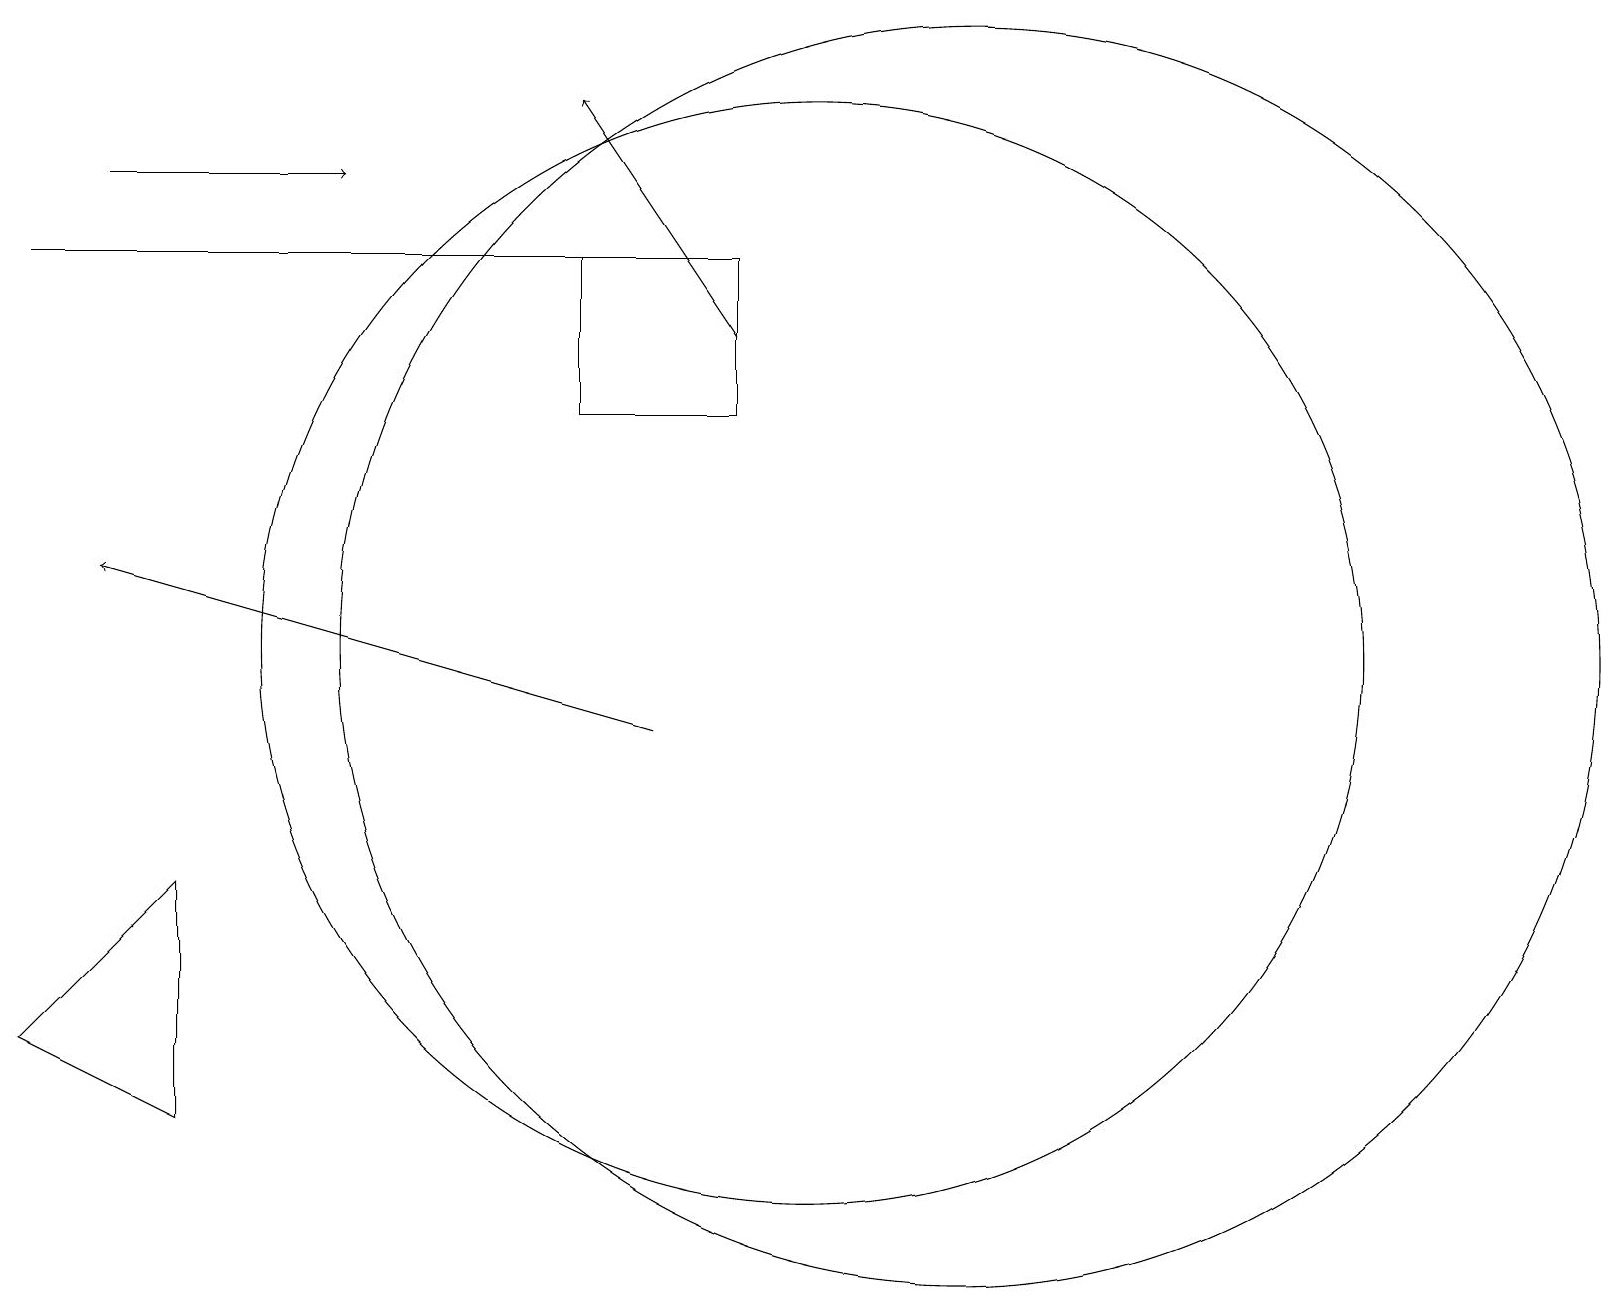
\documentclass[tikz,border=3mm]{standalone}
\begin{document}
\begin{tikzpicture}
\draw (12,11) circle (8);
\draw (9,16) rectangle (7,14);
\draw[->] (8,10) -- (1,12);
\draw (0,16) rectangle (9,16);
\draw[->] (1,17) -- (4,17);
\draw (10,11) circle (7);
\draw (0,6) -- (2,5) -- (2,8) -- cycle;
\draw[->] (9,15) -- (7,18);
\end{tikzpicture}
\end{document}